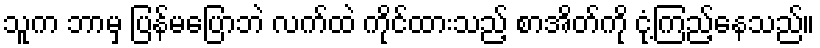
သူက ဘာမှ ပြန်မပြောဘဲ လက်ထဲ ကိုင်ထားသည့် စာအိတ်ကို ငုံ့ကြည့်နေသည်။